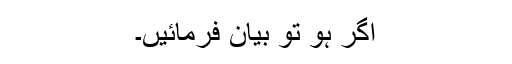
اگر ہو تو بیان فرمائیں۔